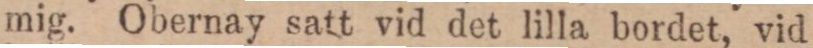
mig. Obernay satt vid det lilla bordet, vid